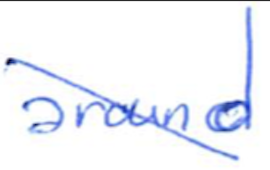
Text: around
Cross-out: diagonal
Writing tool: ballpoint